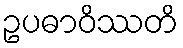
ဥပဓာဝိဿတိ